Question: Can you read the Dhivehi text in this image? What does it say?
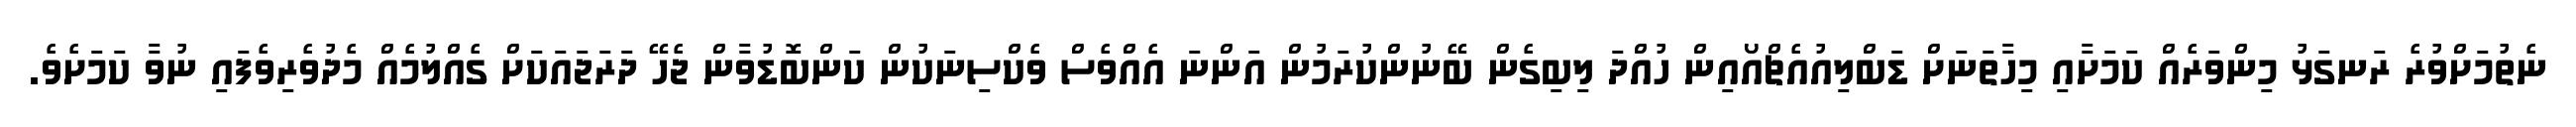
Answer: ނެތުމަށްވުރެ ރަނގަޅު މިންވަރެއް ކަމަށާއި މިހާތަނަށް ޑަބްލިއުއެޗްއޯއިން ހުއްދަ ލިބިގެން ބޭނުންކުރަމުން އަންނަ އެއްވެސް ވެކްސިނަކުން ކަންބޮޑުވާން ޖެހޭ ދަރަޖައަކަށް ގެއްލުމެއް މެދުވެރިވެފައި ނުވާ ކަމަށެވެ.